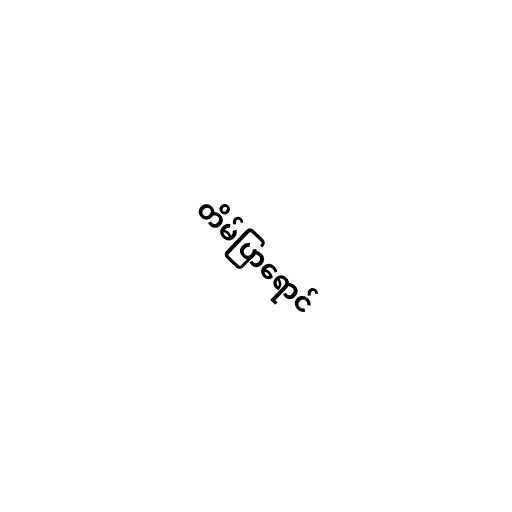
တိမ်ပြာရောင်